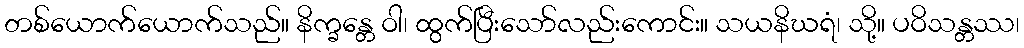
တစ်ယောက်ယောက်သည်။ နိက္ခန္တေ ဝါ၊ ထွက်ပြီးသော်လည်းကောင်း။ သယနိဃရံ၊ သို့။ ပဝိသန္တဿ၊